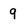
Character: 9